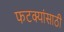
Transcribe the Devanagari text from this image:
फटक्यांसाठी